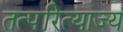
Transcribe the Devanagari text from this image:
तत्परित्याज्यं